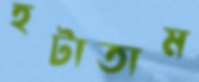
হটাতাম